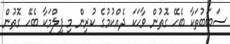
ސަބަބުތަކާ ބެހޭ ގޮތުން ވާހަކަ ދެއްކުމުގެ ކުރިން މި ފިލްމަކާ ބެހޭ ގޮތުން